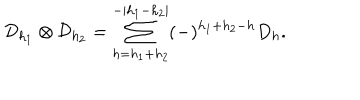
LaTeX: \mathcal { D } _ { h _ { 1 } } \otimes \mathcal { D } _ { h _ { 2 } } = \sum _ { h = h _ { 1 } + h _ { 2 } } ^ { - | h _ { 1 } - h _ { 2 } | } ( - ) ^ { h _ { 1 } + h _ { 2 } - h } D _ { h } .